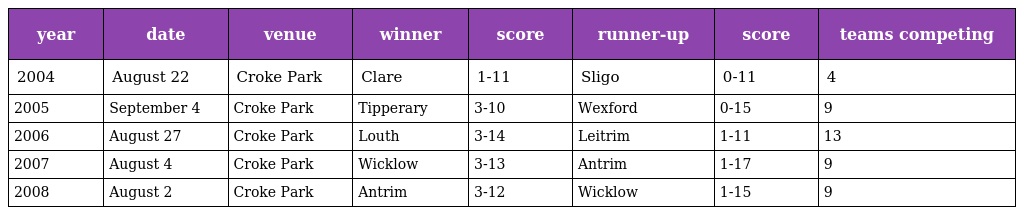
| year | date | venue | winner | score | runner-up | score | teams competing |
 | --- | --- | --- | --- | --- | --- | --- | --- |
 | 2004 | August 22 | Croke Park | Clare | 1-11 | Sligo | 0-11 | 4 |
 | 2005 | September 4 | Croke Park | Tipperary | 3-10 | Wexford | 0-15 | 9 |
 | 2006 | August 27 | Croke Park | Louth | 3-14 | Leitrim | 1-11 | 13 |
 | 2007 | August 4 | Croke Park | Wicklow | 3-13 | Antrim | 1-17 | 9 |
 | 2008 | August 2 | Croke Park | Antrim | 3-12 | Wicklow | 1-15 | 9 |